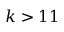
k > 1 1